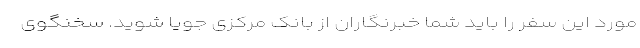
مورد این سفر را باید شما خبرنگاران از بانک مرکزی جویا شوید. سخنگوی